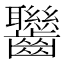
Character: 𪚀